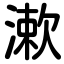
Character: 漱